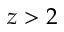
z > 2